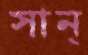
সান্